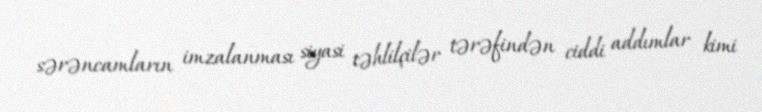
sərəncamların imzalanması siyasi təhlilçilər tərəfindən ciddi addımlar kimi